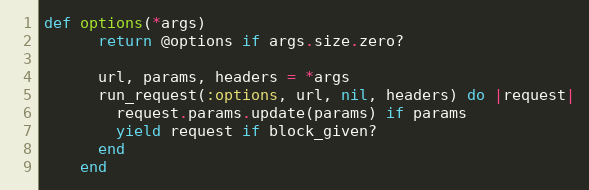
Language: Ruby
def options(*args)
      return @options if args.size.zero?

      url, params, headers = *args
      run_request(:options, url, nil, headers) do |request|
        request.params.update(params) if params
        yield request if block_given?
      end
    end